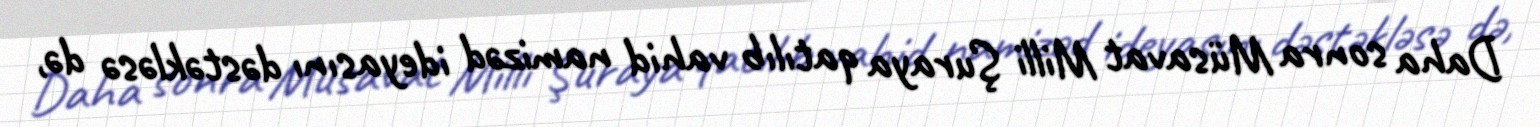
Daha sonra Müsavat Milli Şuraya qatılıb vahid namizəd ideyasını dəstəkləsə də,